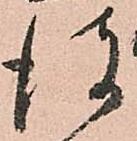
彼